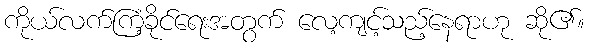
ကိုယ်လက်ကြံ့ခိုင်ရေးအတွက် လေ့ကျင့်သည့်နေရာဟု ဆို၏။